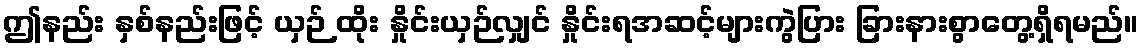
ဤနည်း နှစ်နည်းဖြင့် ယှဉ် ထိုး နှိုင်းယှဉ်လျှင် နှိုင်းရအဆင့်များကွဲပြား ခြားနားစွာတွေ့ရှိရမည်။